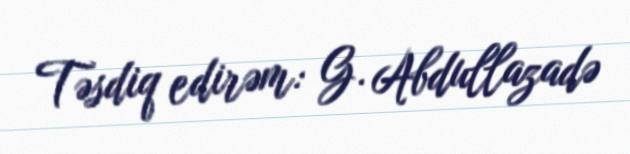
Təsdiq edirəm: G. Abdullazadə